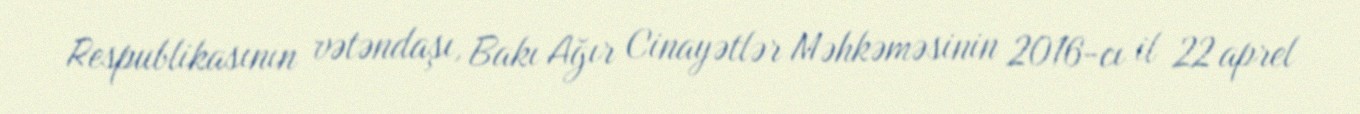
Respublikasının vətəndaşı, Bakı Ağır Cinayətlər Məhkəməsinin 2016-cı il 22 aprel